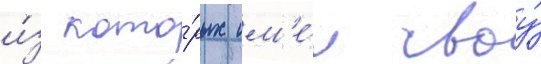
и́з кото́рых им'е́л своу́